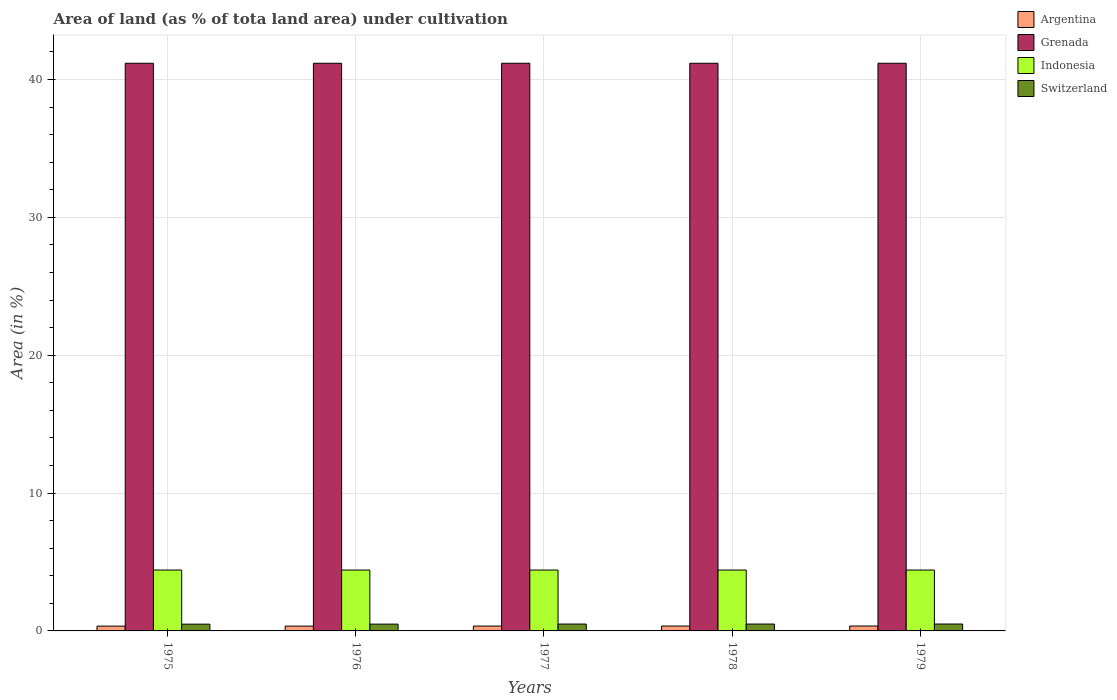
| Years | Argentina | Grenada | Indonesia | Switzerland |
 | --- | --- | --- | --- | --- |
 | 1975 | 0.348 | 41.2 | 4.42 | 0.491 |
 | 1976 | 0.35 | 41.2 | 4.42 | 0.493 |
 | 1977 | 0.352 | 41.2 | 4.42 | 0.498 |
 | 1978 | 0.354 | 41.2 | 4.42 | 0.498 |
 | 1979 | 0.356 | 41.2 | 4.42 | 0.501 |